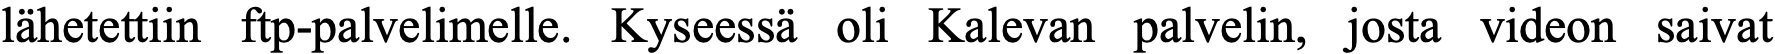
lähetettiin ftp-palvelimelle. Kyseessä oli Kalevan palvelin, josta videon saivat